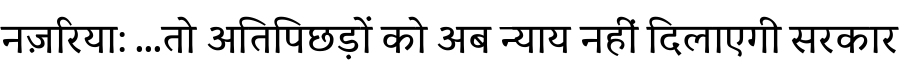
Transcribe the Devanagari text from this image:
नज़रिया: ...तो अतिपिछड़ों को अब न्याय नहीं दिलाएगी सरकार